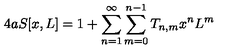
4 a S [ x , L ] = 1 + \sum _ { n = 1 } ^ { \infty } \sum _ { m = 0 } ^ { n - 1 } T _ { n , m } x ^ { n } L ^ { m }